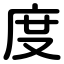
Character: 度